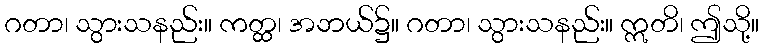
ဂတာ၊ သွားသနည်း။ ကတ္ထ၊ အဘယ်၌။ ဂတာ၊ သွားသနည်း။ ဣတိ၊ ဤသို့။